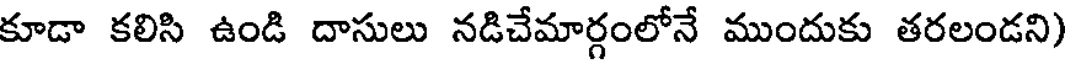
కూడా కలిసి ఉండి దాసులు నడిచేమార్గంలోనే ముందుకు తరలండని)